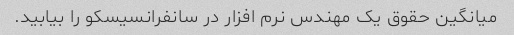
میانگین حقوق یک مهندس نرم افزار در سانفرانسیسکو را بیابید.